Report of an investigation of the epidemic of malarial fever in Assam, or, kala-azar
Disease focus: Malaria
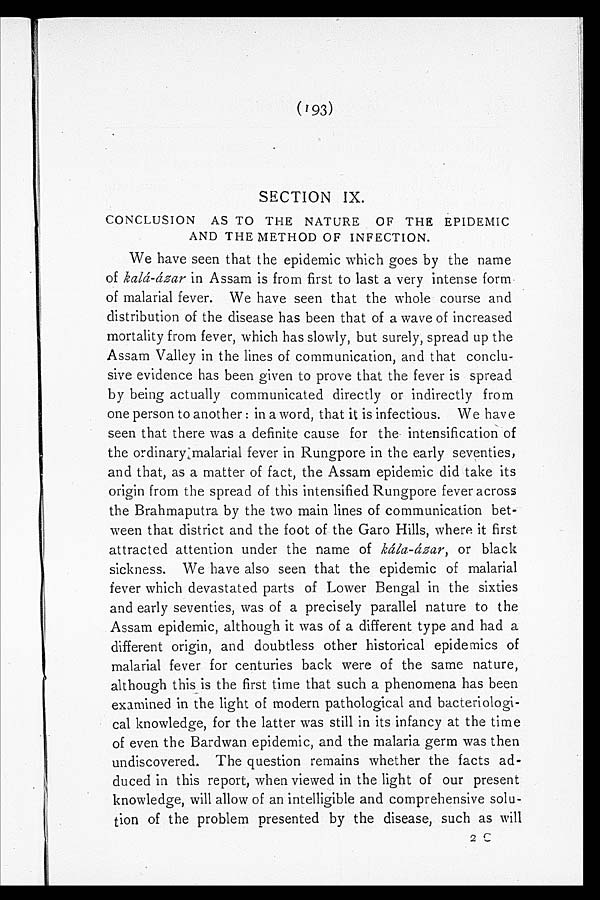
(193)
SECTION IX.
CONCLUSION AS TO THE NATURE OF THE EPIDEMIC
AND THE METHOD OF INFECTION.
We have seen that the epidemic which goes by the name
of kála-ázar in Assam is from first to last a very intense form
of malarial fever. We have seen that the whole course and
distribution of the disease has been that of a wave of increased
mortality from fever, which has slowly, but surely, spread up the
Assam Valley in the lines of communication, and that conclu
-sive evidence has been given to prove that the fever is spread
by being actually communicated directly or indirectly from
one person to another: in a word, that it is infectious. We have
seen that there was a definite cause for the intensification of
the ordinary malarial fever in Rungpore in the early seventies,
and that, as a matter of fact, the Assam epidemic did take its
origin from the spread of this intensified Rungpore fever across
the Brahmaputra by the two main lines of communication bet
-ween that district and the foot of the Garo Hills, where it first
attracted attention under the name of kála-ázar, or black
sickness. We have also seen that the epidemic of malarial
fever which devastated parts of Lower Bengal in the sixties
and early seventies, was of a precisely parallel nature to the
Assam epidemic, although it was of a different type and had a
different origin, and doubtless other historical epidemics of
malarial fever for centuries back were of the same nature,
although this is the first time that such a phenomena has been
examined in the light of modern pathological and bacteriologi
-cal knowledge, for the latter was still in its infancy at the time
of even the Bardwan epidemic, and the malaria germ was then
undiscovered. The question remains whether the facts ad
-duced in this report, when viewed in the light of our present
knowledge, will allow of an intelligible and comprehensive solu
-tion of the problem presented by the disease, such as will
2 C